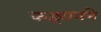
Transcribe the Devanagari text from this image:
कझानने